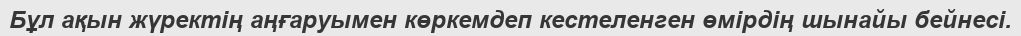
Бұл ақын жүректің аңғаруымен көркемдеп кестеленген өмірдің шынайы бейнесі.